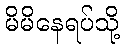
မိမိနေရပ်သို့